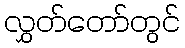
လွှတ်တော်တွင်